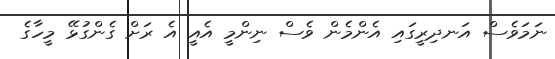
ނަމަވެސް އަނދިރީގައި އެންމެން ވެސް ނިންމީ އެއީ އެ ރަށް ގެންގުޅޭ މީހާގެ